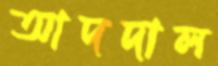
আদদাল